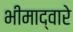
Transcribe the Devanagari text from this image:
भीमाद्वारे